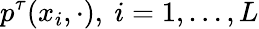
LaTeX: p^{\tau}(x_{i},\cdot),~i=1,\ldots,L